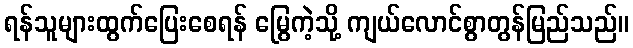
ရန်သူများထွက်ပြေးစေရန် မြွေကဲ့သို့ ကျယ်လောင်စွာတွန်မြည်သည်။